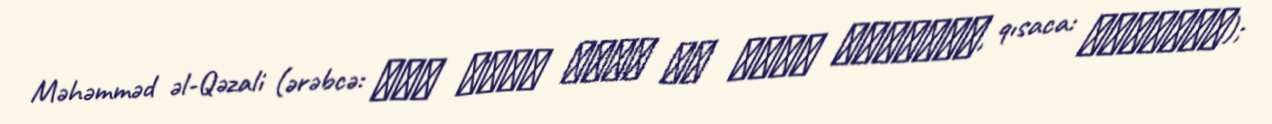
Məhəmməd əl-Qəzali (ərəbcə: ابو حامد محمد بن محمد الغزالى, qısaca: الغزالى);